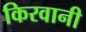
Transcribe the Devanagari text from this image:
किरवानी